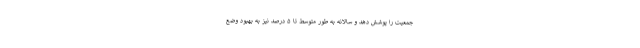
جمعیت را پوشش دهد و سالانه به طور متوسط تا ۵ درصد نیز به بهبود وضع